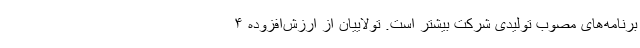
برنامه‌های مصوب تولیدی شرکت بیشتر است. تولاییان از ارزش‌افزوده ۴